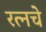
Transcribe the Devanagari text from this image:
रत्‍नचे